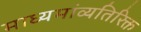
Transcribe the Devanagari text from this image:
माध्यमांव्यतिरिक्त